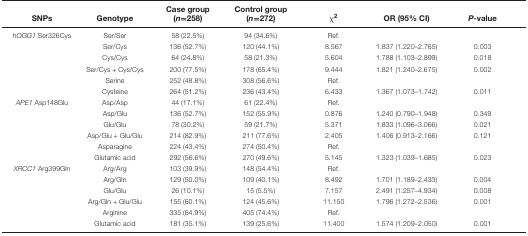
<table><thead><tr><td><b>SNPs</b></td><td><b>Genotype</b></td><td><b>Case group (<i>n</i>=258)</b></td><td><b>Control group(<i>n</i>=272)</b></td><td><b>χ<sup>2</sup></b></td><td><b>OR (95% CI)</b></td><td><b><i>P</i>-value</b></td></tr></thead><tbody><tr><td><i>hOGG1</i> Ser326Cys</td><td>Ser/Ser</td><td>58 (22.5%)</td><td>94 (34.6%)</td><td>Ref.</td><td></td><td></td></tr><tr><td></td><td>Ser/Cys</td><td>136 (52.7%)</td><td>120 (44.1%)</td><td>8.567</td><td>1.837 (1.220–2.765)</td><td>0.003</td></tr><tr><td></td><td>Cys/Cys</td><td>64 (24.8%)</td><td>58 (21.3%)</td><td>5.604</td><td>1.788 (1.103–2.899)</td><td>0.018</td></tr><tr><td></td><td>Ser/Cys + Cys/Cys</td><td>200 (77.5%)</td><td>178 (65.4%)</td><td>9.444</td><td>1.821 (1.240–2.675)</td><td>0.002</td></tr><tr><td></td><td>Serine</td><td>252 (48.8%)</td><td>308 (56.6%)</td><td>Ref.</td><td></td><td></td></tr><tr><td></td><td>Cysteine</td><td>264 (51.2%)</td><td>236 (43.4%)</td><td>6.433</td><td>1.367 (1.073–1.742)</td><td>0.011</td></tr><tr><td><i>APE1</i> Asp148Glu</td><td>Asp/Asp</td><td>44 (17.1%)</td><td>61 (22.4%)</td><td>Ref.</td><td></td><td></td></tr><tr><td></td><td>Asp/Glu</td><td>136 (52.7%)</td><td>152 (55.9%)</td><td>0.876</td><td>1.240 (0.790–1.948)</td><td>0.349</td></tr><tr><td></td><td>Glu/Glu</td><td>78 (30.2%)</td><td>59 (21.7%)</td><td>5.371</td><td>1.833 (1.096–3.066)</td><td>0.021</td></tr><tr><td></td><td>Asp/Glu + Glu/Glu</td><td>214 (82.9%)</td><td>211 (77.6%)</td><td>2.405</td><td>1.406 (0.913–2.166)</td><td>0.121</td></tr><tr><td></td><td>Asparagine</td><td>224 (43.4%)</td><td>274 (50.4%)</td><td>Ref.</td><td></td><td></td></tr><tr><td></td><td>Glutamic acid</td><td>292 (56.6%)</td><td>270 (49.6%)</td><td>5.145</td><td>1.323 (1.039–1.685)</td><td>0.023</td></tr><tr><td><i>XRCC1</i> Arg399Gln</td><td>Arg/Arg</td><td>103 (39.9%)</td><td>148 (54.4%)</td><td>Ref.</td><td></td><td></td></tr><tr><td></td><td>Arg/Gln</td><td>129 (50.0%)</td><td>109 (40.1%)</td><td>8.492</td><td>1.701 (1.189–2.433)</td><td>0.004</td></tr><tr><td></td><td>Glu/Glu</td><td>26 (10.1%)</td><td>15 (5.5%)</td><td>7.157</td><td>2.491 (1.257–4.934)</td><td>0.008</td></tr><tr><td></td><td>Arg/Gln + Glu/Glu</td><td>155 (60.1%)</td><td>124 (45.6%)</td><td>11.150</td><td>1.796 (1.272–2.536)</td><td>0.001</td></tr><tr><td></td><td>Arginine</td><td>335 (64.9%)</td><td>405 (74.4%)</td><td>Ref.</td><td></td><td></td></tr><tr><td></td><td>Glutamic acid</td><td>181 (35.1%)</td><td>139 (25.6%)</td><td>11.400</td><td>1.574 (1.209–2.050)</td><td>0.001</td></tr></tbody></table>